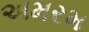
અમરમ